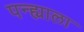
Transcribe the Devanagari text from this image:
पन्ह्याला